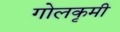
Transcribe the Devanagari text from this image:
गोलकृमी